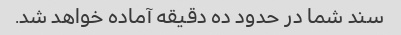
سند شما در حدود ده دقیقه آماده خواهد شد.